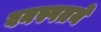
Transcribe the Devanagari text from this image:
वनस्पतये